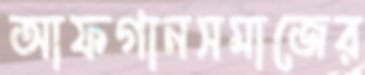
আফগানসমাজের